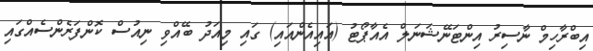
އިބްރާހިމް ނާސިރު އިންޓަނޭޝަނަލް އެއާޕޯޓު (އައިއެންއައި) ގައި މިއަދު ބޭއްވި ނިއުސް ކޮންފަރެންސެއްގައި